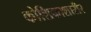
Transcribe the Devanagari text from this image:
कोशिकाशारीर